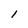
Character: 1